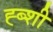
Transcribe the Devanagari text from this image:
ह्ब्शी